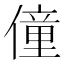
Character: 僮